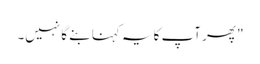
" پھر آپ کا یہ کہنا بنے گا نہیں۔